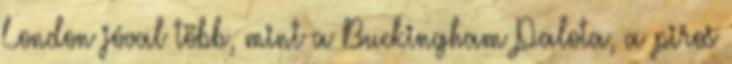
London jóval több, mint a Buckingham Palota, a piros